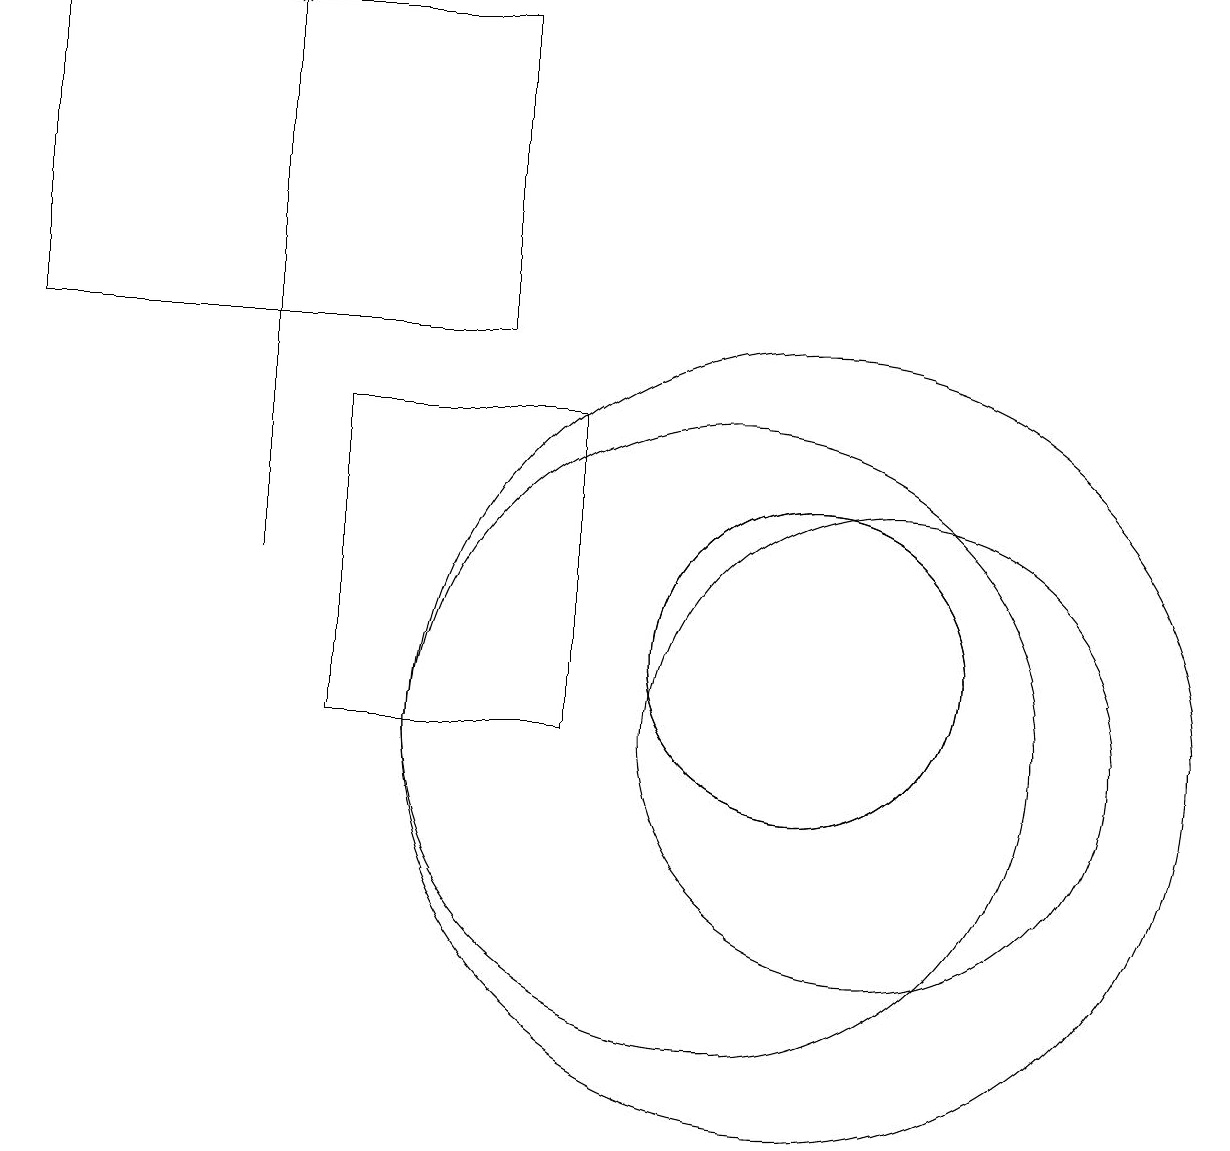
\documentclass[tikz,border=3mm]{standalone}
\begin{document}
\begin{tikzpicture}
\draw (11,10) circle (5);
\draw (11,11) circle (2);
\draw (11,11) circle (2);
\draw (7,19) rectangle (1,15);
\draw (12,10) circle (3);
\draw[->] (4,12) -- (4,19);
\draw (10,10) circle (4);
\draw (5,14) rectangle (8,10);
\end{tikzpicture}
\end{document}